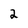
Character: 2